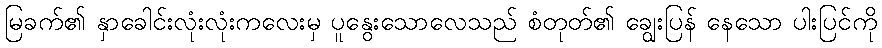
မြခက်၏ နှာခေါင်းလုံးလုံးကလေးမှ ပူနွေးသောလေသည် စံတုတ်၏ ချွေးပြန် နေသော ပါးပြင်ကို